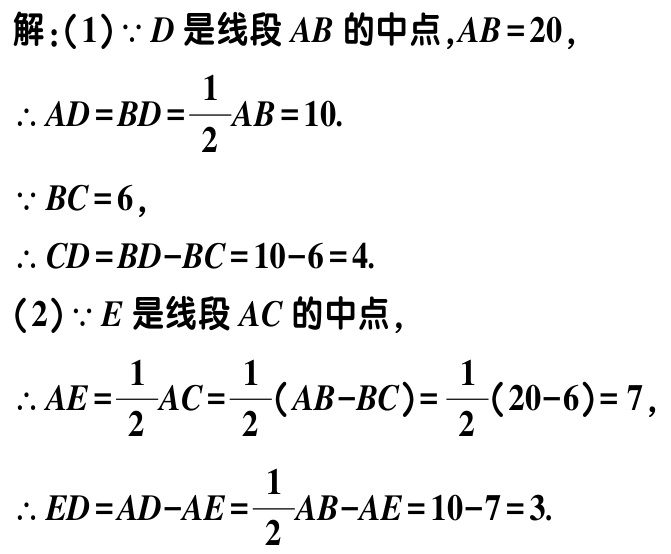
解：(1)$\because D$是线段$AB$的中点,$AB = 20$,

$\therefore AD=BD=\dfrac{1}{2}AB = 10$.

$\because BC = 6$,

$\therefore CD=BD - BC=10 - 6 = 4$.

(2)$\because E$是线段$AC$的中点,

$\therefore AE=\dfrac{1}{2}AC=\dfrac{1}{2}(AB - BC)=\dfrac{1}{2}(20 - 6)=7$,

$\therefore ED=AD - AE=\dfrac{1}{2}AB - AE=10 - 7 = 3$.